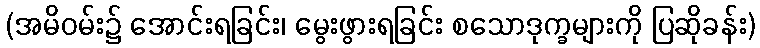
(အမိဝမ်း၌ အောင်းရခြင်း၊ မွေးဖွားရခြင်း စသောဒုက္ခများကို ပြဆိုခန်း)